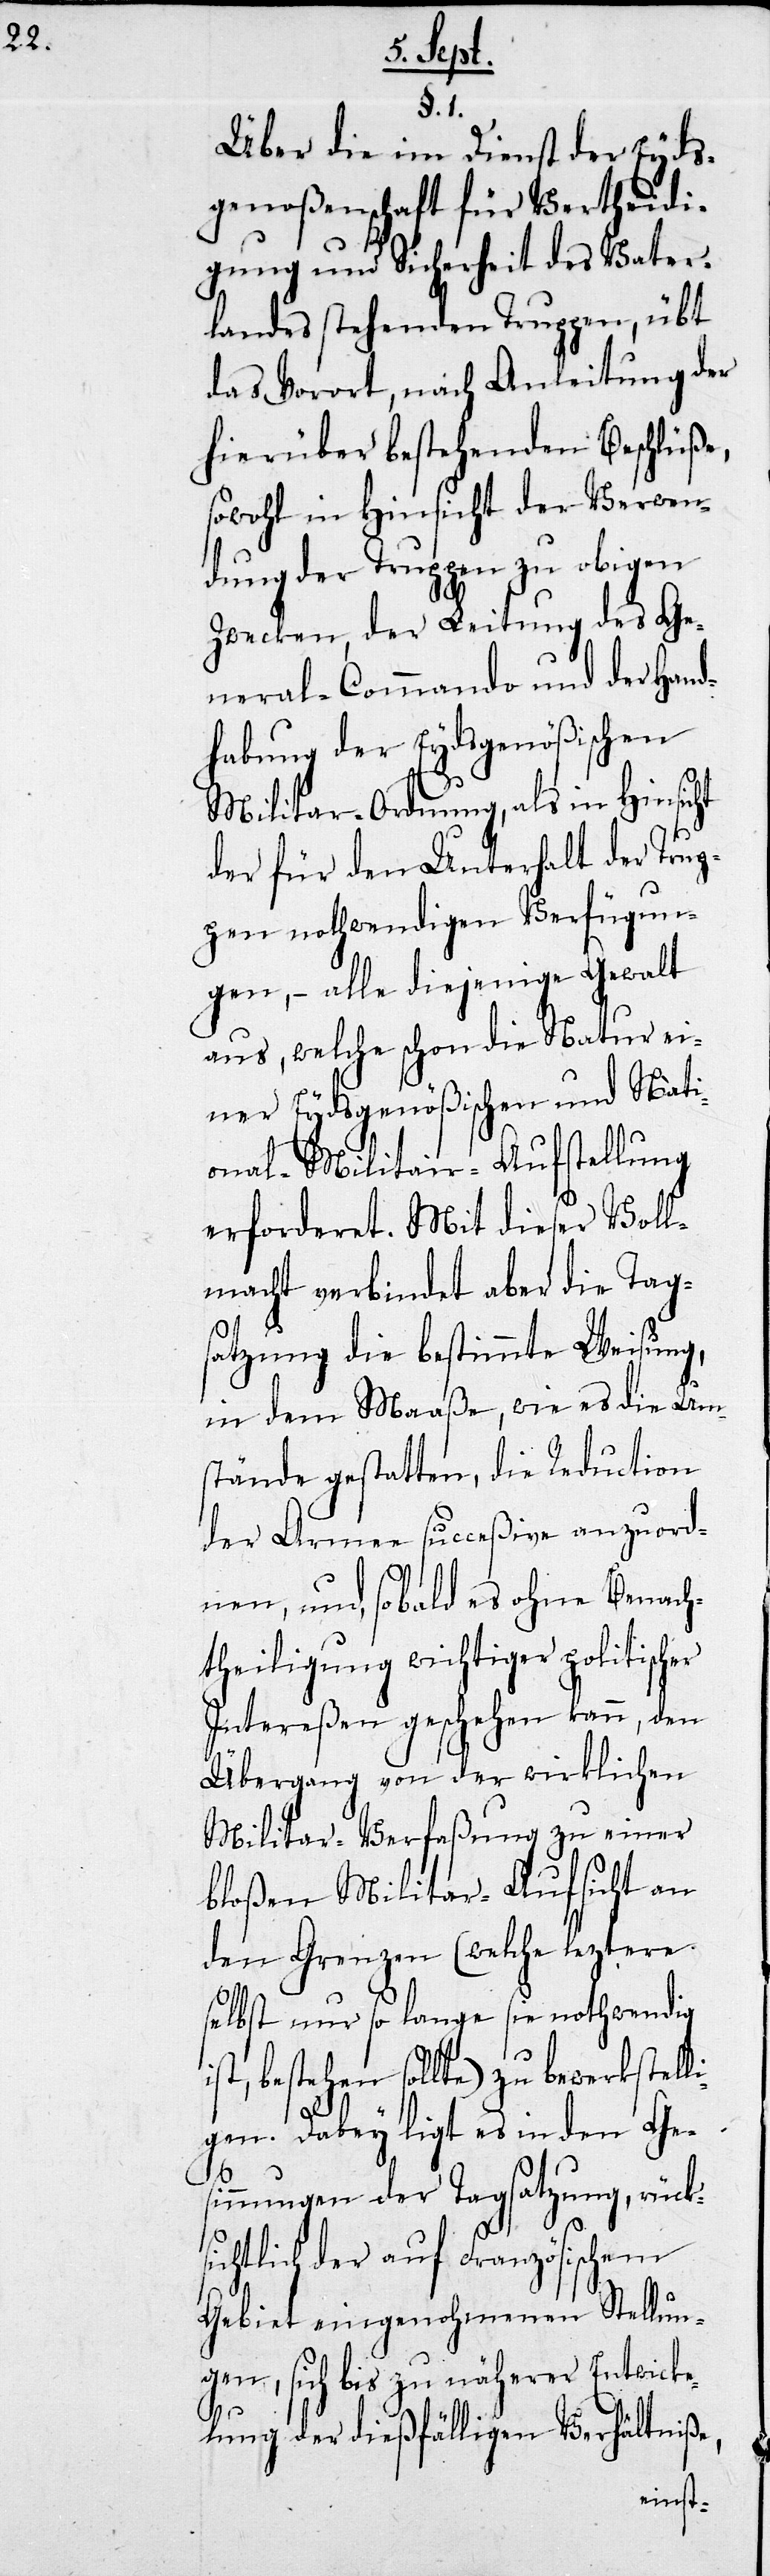
§. 1.
Über die im Dienst der Eyds¬
genoßenschaft für Vertheidi¬
gung und Sicherheit des Vater¬
landes stehenden Truppe, übt
das Vorort, nach Anleitung der
hierüber bestehenden Beschlüße,
sowohl in Hinsicht der Verwen¬
dung der Truppen zu obigen
Zwecken, der Leitung des Ge¬
neral-Commando und der Hand¬
habung der Eydsgenößischen
Militar-Ordnung, als in Hinsicht
der für den Unterhalt der Trup¬
pen nothwendigen Verfügun¬
gen, – alle diejenige Gewalt
aus, welche schon die Natur ei¬
ner Eydsgenößischen und Nati¬
onal-Militair-Aufstellung
erforderet. Mit dieser Voll¬
macht verbindet aber die Tag¬
satzung die bestimmte Weisung,
in dem Maaße, wie es die Um¬
stände gestatten, die Reduction
der Armee succesive anzuord¬
nen, und sobald es ohne Benach¬
theiligung wichtiger politischer
Intereßen geschehen kann, den
Übergang von der wirklichen
Militar-Verfaßung zu einer
bloßen Militar-Aufsicht an
den Grenzen (welche leztere
selbst nur so lange sie nothwendig
bestehen sollte) zu bewerkstel¬
ligen. Dabey ligt es in den Ge¬
sinnungen der Tagsatzung, rücks¬
ichtlich der auf Französischem
Gebiet eingenohmenen Stellun¬
gen, sich bis zu näherer Entwick¬
lungen der dießfälligen Verhältniß¬
e,